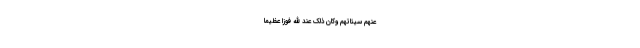
عَنْهُمْ سَيِّئَاتِهِمْ وَكَانَ ذَلِكَ عِنْدَ اللَّهِ فَوْزًا عَظِيمًا